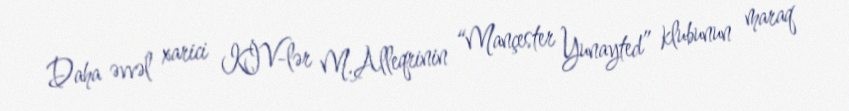
Daha əvvəl xarici KİV-lər M.Alleqrinin “Mançester Yunayted” klubunun maraq